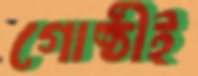
গোষ্ঠীই